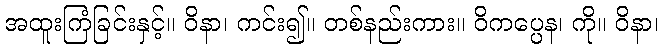
အထူးကြံခြင်းနှင့်။ ဝိနာ၊ ကင်း၍။ တစ်နည်းကား။ ဝိကပ္ပေန၊ ကို။ ဝိနာ၊